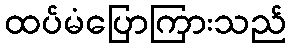
ထပ်မံပြောကြားသည်